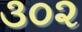
૩૦૨